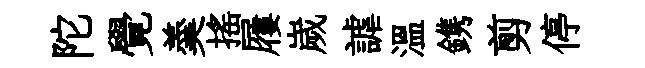
陀覺羮搖屨嵗謔温鎸剪停